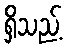
ရှိသည့်